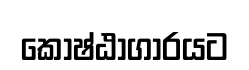
කෝෂ්ඨාගාරයට